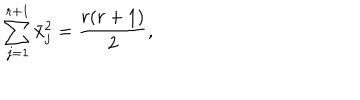
\sum _ { j = 1 } ^ { r + 1 } \bar { x } _ { j } ^ { 2 } = { \frac { r ( r + 1 ) } { 2 } } ,